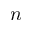
n